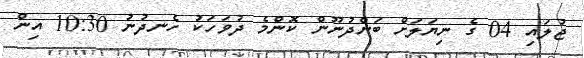
ޖުލައި 04 ގެ ނިޔަލަށް ބަންދުނޫން ކޮންމެ ދުވަހަކު ހެނދުނު 10:30 އިން